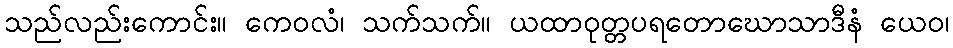
သည်လည်းကောင်း။ ကေဝလံ၊ သက်သက်။ ယထာဝုတ္တပရတောဃောသာဒီနံ ယေဝ၊